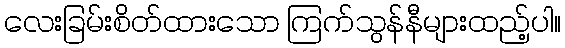
လေးခြမ်းစိတ်ထားသော ကြက်သွန်နီများထည့်ပါ။